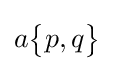
a{\begin{Bmatrix}p,q\end{Bmatrix}}